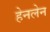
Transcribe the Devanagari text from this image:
हेनलेन